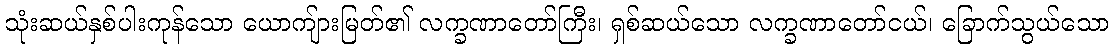
သုံးဆယ်နှစ်ပါးကုန်သော ယောကျ်ားမြတ်၏ လက္ခဏာတော်ကြီး၊ ရှစ်ဆယ်သော လက္ခဏာတော်ငယ်၊ ခြောက်သွယ်သော